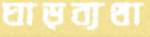
ঘাড়ব্যথা